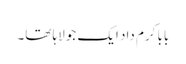
بابا کرم داد ایک جولاہا تھا۔